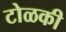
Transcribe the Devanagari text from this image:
टोळकी